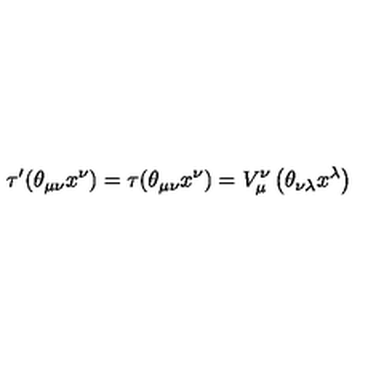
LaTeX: \tau ^ { \prime } ( \theta _ { \mu \nu } x ^ { \nu } ) = \tau ( \theta _ { \mu \nu } x ^ { \nu } ) = V _ { \mu } ^ { \nu } \left( \theta _ { \nu \lambda } x ^ { \lambda } \right)